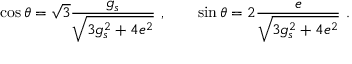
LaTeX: \cos \theta = \sqrt { 3 } \frac { g _ { s } } { \sqrt { 3 g _ { s } ^ { 2 } + 4 e ^ { 2 } } } \ , \qquad \sin \theta = 2 \frac { e } { \sqrt { 3 g _ { s } ^ { 2 } + 4 e ^ { 2 } } } \ .